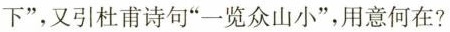
下”,又引杜甫诗句“一览众山小”,用意何在?